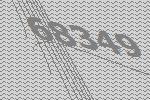
68349